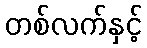
တစ်လက်နှင့်